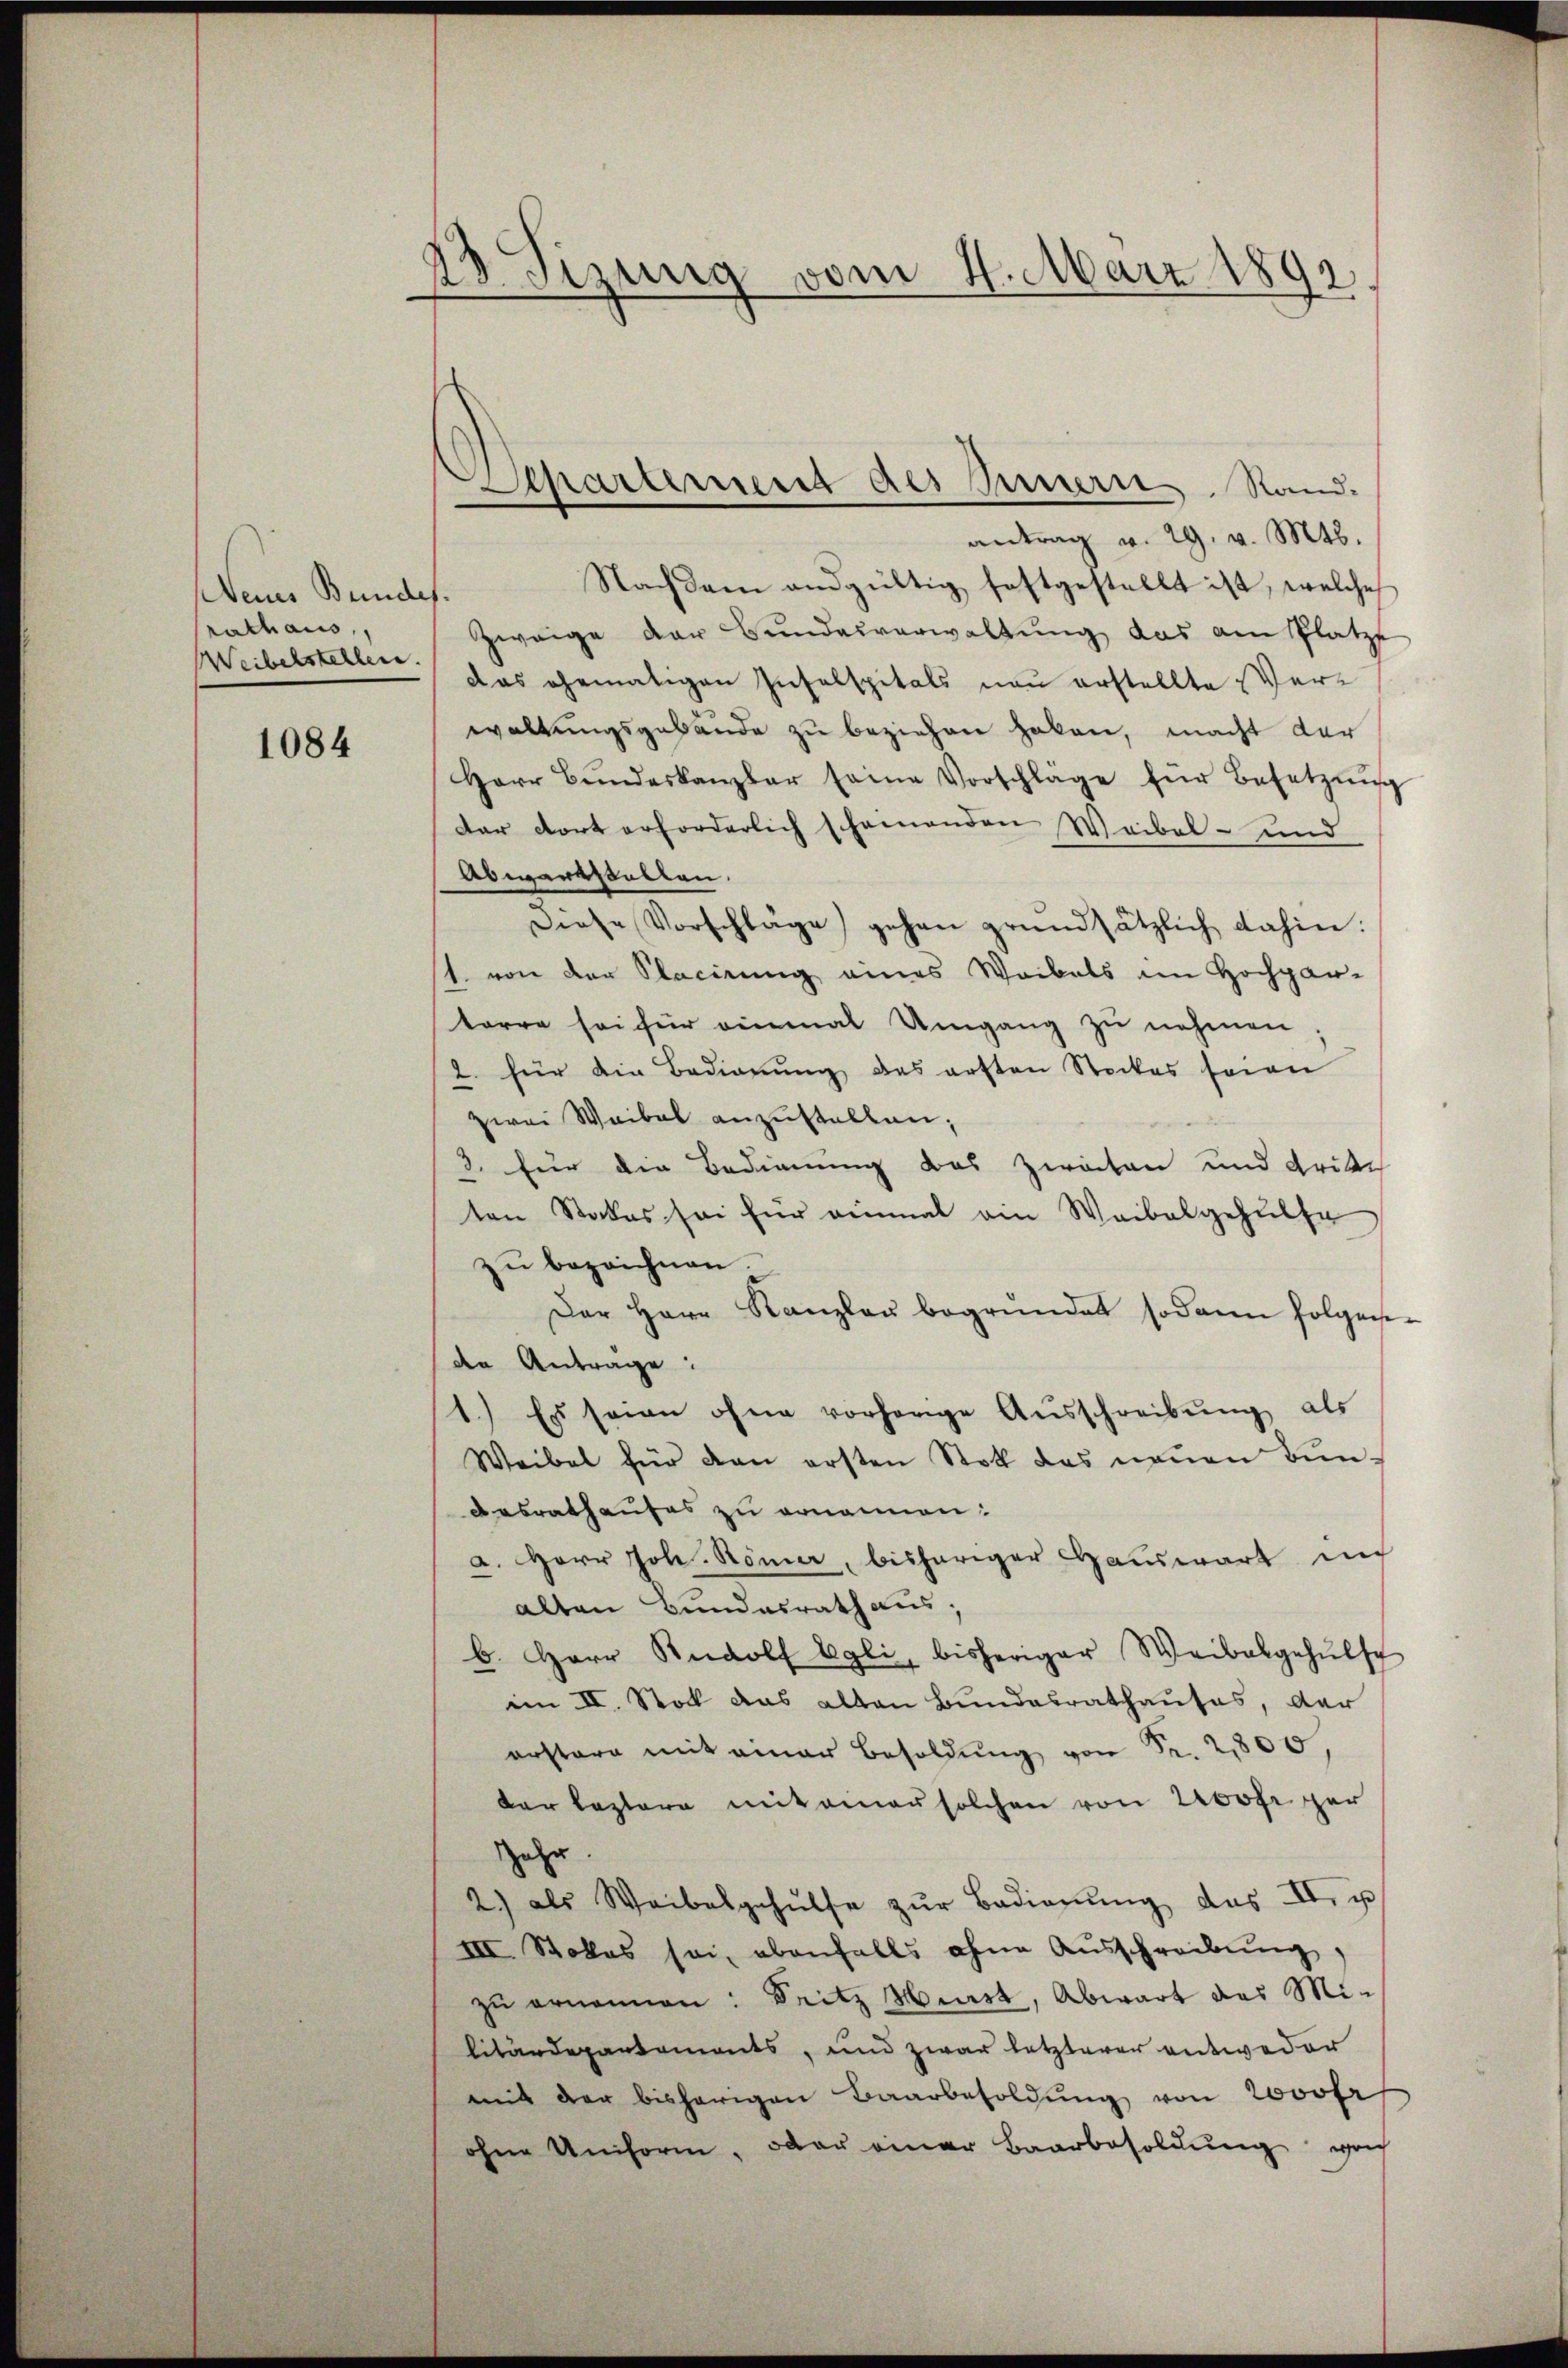
Neines Bundes.
rathaus,
Weibelstellen.

1084

13. Sizung vom 24. März 1891

antrag v. 29. v. Mts.
Nachdem andgültig festgestellt ist, welche
Zweige der Bundesverwaltŭng das am Platze
das ehematigen Inselspitals neu erstellte Verwaltungsgebäude zu beziehen haben, macht der
Herr Bŭndeskanzler seine Vorschläge für Besetzŭng
dar dort erforderlich schämenden Weibel- und
Abwartsalten.
diese Vorschläge gehen grundsätzlich dahin:
1. von der Placirung eines Waibels im Hochgan-
terre sei für einmal Umgang zu nehmen
2. für die Bedienŭng des ersten Stockes seien
zwei Waibel anzustalten;
3. für die Bedienung des Zwecken und dritte
ten Stockes sei für einmal ein Waibelgehülfe
zŭ bezeichnen.
Der Herr Kanzlau begründet sodann folgen-
den Antrage:
1.) Es seien ohne vorherige Aŭsschreibŭng als
Weibel für dan ersten Stoll das neŭen Bŭn-
desrathauses zu ernannen:
a. Herr Joh. Römer, bisheriger Hauswart in
alten Bundesrath aus.
b. Herr Rudolf Egli, bisheriger Weibalgehülfch
im II. Stock das alten Bundesrathauses, der
erstern mit einer Besoldŭng von Fr. 2800,
der leztere mit einer solchen von Rohr ger
Jahr.
2.) als Waibelgehülfe zŭr Badienŭng das II. u
III. Stokles sei, ebenfalls ohne Aŭsschreibŭng,
zu ernennen: Fritz Hust, Abwart das Mi-
litärdepartements, und zwar letzterer entweder
mit der bisherigen Baarbesoldŭng von 2000fr
ohne Uniform. Der einer Baarbesoldŭng wird

Separtement des Innern Stand-